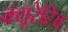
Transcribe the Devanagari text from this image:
क्यूरेटिव